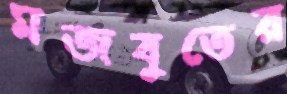
মজবুতের